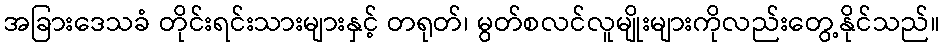
အခြားဒေသခံ တိုင်းရင်းသားများနှင့် တရုတ်၊ မွတ်စလင်လူမျိုးများကိုလည်းတွေ့နိုင်သည်။